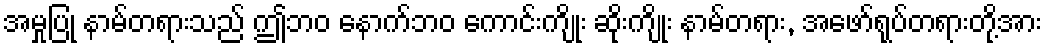
အမှုပြု နာမ်တရားသည် ဤဘဝ နောက်ဘဝ ကောင်းကျိုး ဆိုးကျိုး နာမ်တရား, အဖော်ရုပ်တရားတို့အား